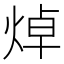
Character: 焯